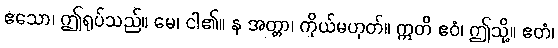
ဧသော၊ ဤရုပ်သည်။ မေ၊ ငါ၏။ န အတ္တာ၊ ကိုယ်မဟုတ်။ ဣတိ ဧဝံ၊ ဤသို့။ ဧတံ၊